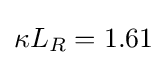
\kappa L_{R}=1.61